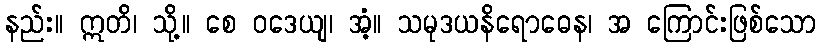
နည်း။ ဣတိ၊ သို့။ စေ ဝဒေယျ၊ အံ့။ သမုဒယနိရောဓေန၊ အ ကြောင်းဖြစ်သော